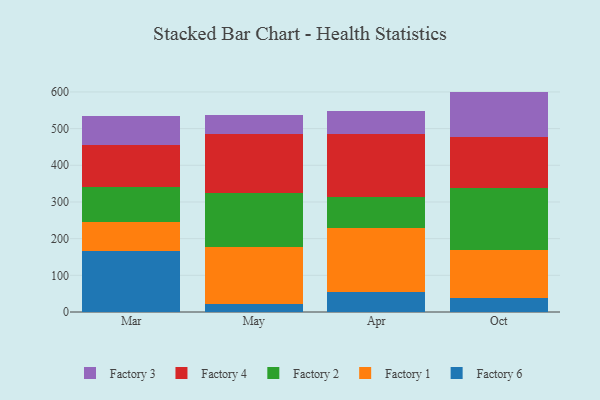
{"axis": {"x": "Month", "y": "Humidity (%)"}, "legend": ["Factory 1", "Factory 2", "Factory 3", "Factory 4", "Factory 6"], "data": [{"x": "Mar", "y": 166.9, "type": "Factory 6"}, {"x": "Mar", "y": 77.3, "type": "Factory 1"}, {"x": "Mar", "y": 97.9, "type": "Factory 2"}, {"x": "Mar", "y": 114.4, "type": "Factory 4"}, {"x": "Mar", "y": 77.0, "type": "Factory 3"}, {"x": "May", "y": 21.3, "type": "Factory 6"}, {"x": "May", "y": 155.1, "type": "Factory 1"}, {"x": "May", "y": 147.5, "type": "Factory 2"}, {"x": "May", "y": 161.2, "type": "Factory 4"}, {"x": "May", "y": 50.7, "type": "Factory 3"}, {"x": "Apr", "y": 55.3, "type": "Factory 6"}, {"x": "Apr", "y": 174.9, "type": "Factory 1"}, {"x": "Apr", "y": 84.6, "type": "Factory 2"}, {"x": "Apr", "y": 171.7, "type": "Factory 4"}, {"x": "Apr", "y": 60.7, "type": "Factory 3"}, {"x": "Oct", "y": 37.8, "type": "Factory 6"}, {"x": "Oct", "y": 131.5, "type": "Factory 1"}, {"x": "Oct", "y": 169.9, "type": "Factory 2"}, {"x": "Oct", "y": 138.4, "type": "Factory 4"}, {"x": "Oct", "y": 123.3, "type": "Factory 3"}]}